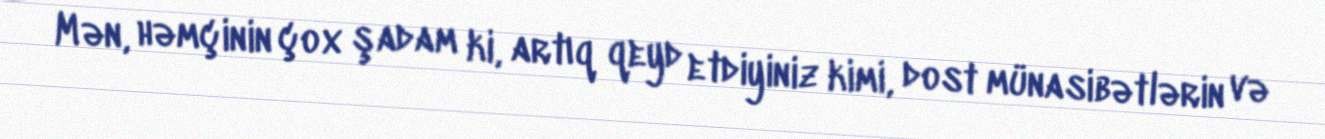
Mən, həmçinin çox şadam ki, artıq qeyd etdiyiniz kimi, dost münasibətlərin və